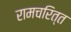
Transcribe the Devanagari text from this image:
रामचरित्त